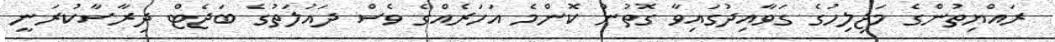
ރައްޔިތުންގެ މަޖިލިހުގެ ގަވާއިދުގައިވާ ގޮތުން ކޮންމެ އަހަރެއްގެ ވެސް ދައުލަތުގެ ބަޖެޓް ދިރާސާކުރަނީ